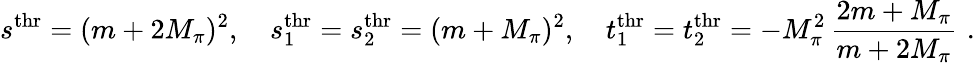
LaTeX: s^{\mathrm{thr}}=(m+2M_{\pi})^{2},\quad s_{1}^{\mathrm{thr}}=s_{2}^{\mathrm{thr}}=(m+M_{\pi})^{2},\quad t_{1}^{\mathrm{thr}}=t_{2}^{\mathrm{thr}}=-M_{\pi}^{2}\, {\frac{2m+M_{\pi}}{m+2M_{\pi}}}\, \, .